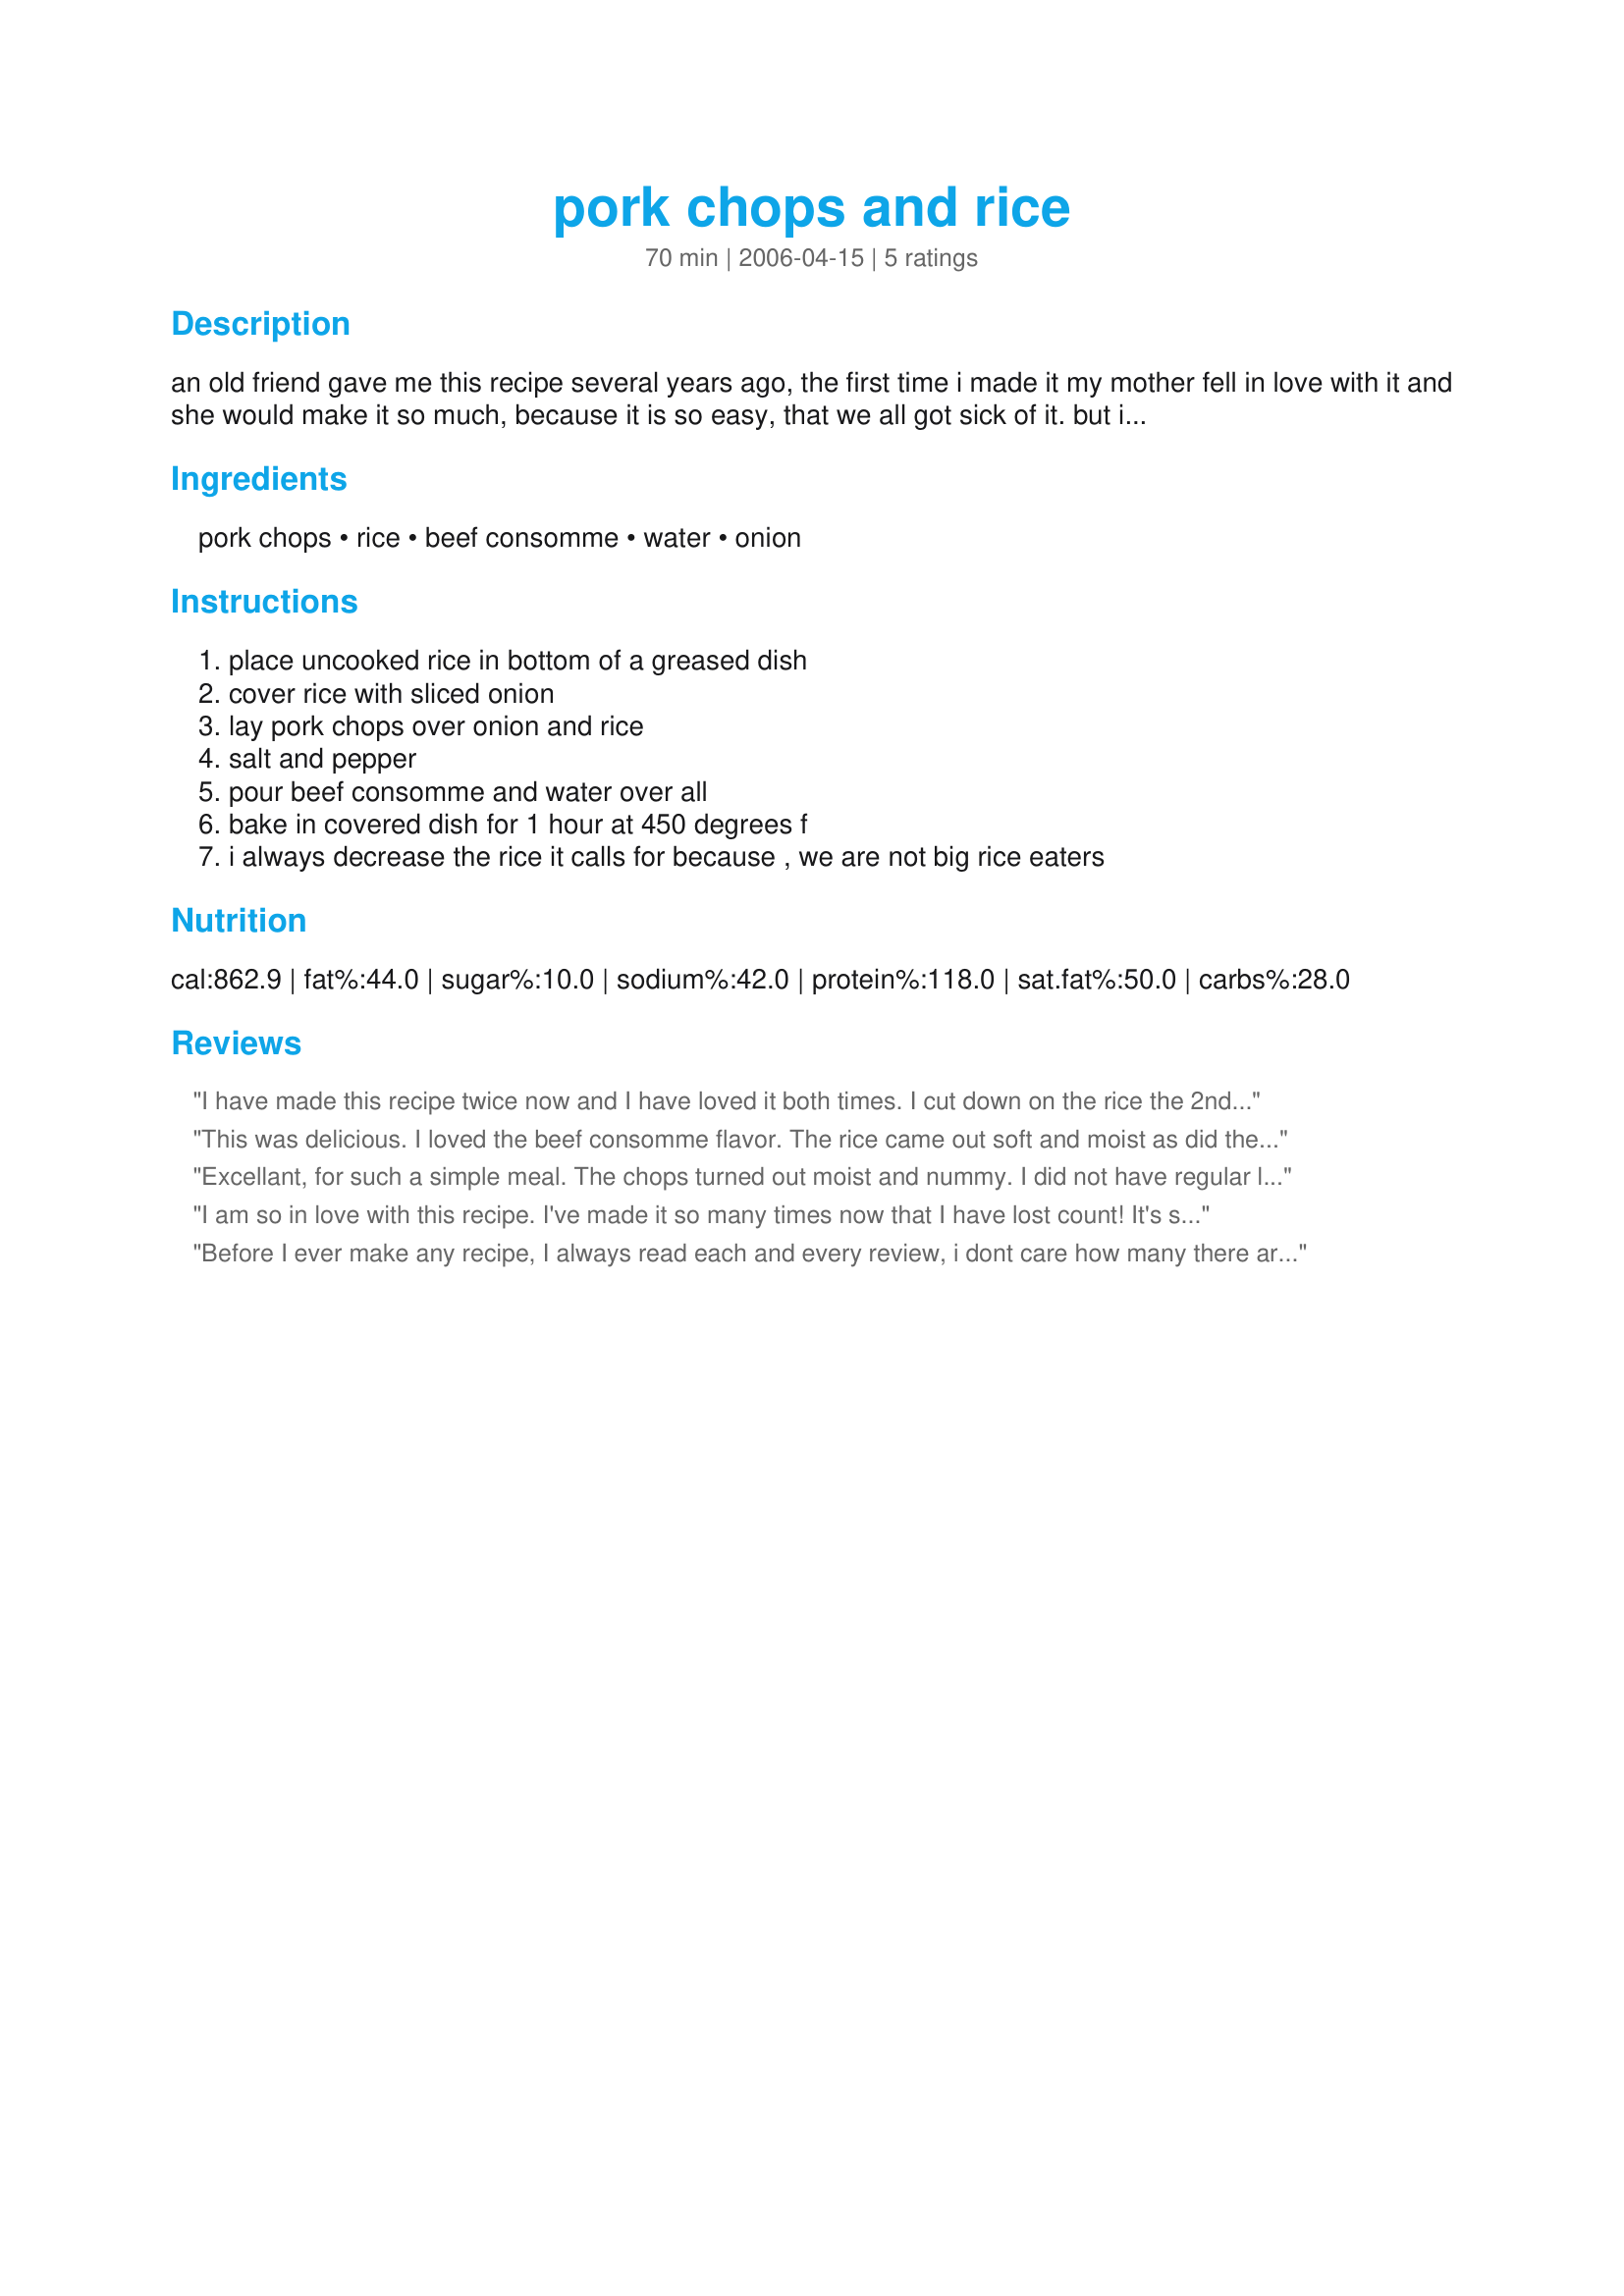
pork chops and rice
Preparation time: 70 minutes

an old friend gave me this recipe several years ago, the first time i made it my mother fell in love with it and she would make it so much, because it is so easy, that we all got sick of it. but it really is a good recipe if you don't over cook it.

Ingredients:
pork chops, rice, beef consomme, water, onion

Steps:
place uncooked rice in bottom of a greased dish, cover rice with sliced onion, lay pork chops over onion and rice, salt and pepper, pour beef consomme and water over all, bake in covered dish for 1 hour at 450 degrees f, i always decrease the rice it calls for because , we are not big rice eaters

Reviews:
I have made this recipe twice now and I have loved it both times. I cut down on the rice the 2nd time. 1/2 cup is plenty for 2 people. The chops were very moist. I loved the flavor of the beef consomme. It is so easy to make.....it would be nice to brown the pork chops, but that would defeat the "easy" part of this recipe.
This was delicious. I loved the beef consomme flavor. The rice came out soft and moist as did the pork chops. Thank you for a wonderful dinner.
Excellant, for such a simple meal. The chops turned out moist and nummy. I did not have regular long grain rice (I don't eat it) I live on Jasmine which is not a quick cooking rice so I used that. NUMMY!!
Thanks Jac
This was one more recipe I chose to make in pick a chef 06.
I am so in love with this recipe. I've made it so many times now that I have lost count! It's so easy to throw together and you can play around with the ingredients...maybe that's why I like it so much. I like to season the pork chops with salt/pepper/onion powder/garlic powder and then throw them in a buttered hot frying pan just to brown them to give the chops a nice color. I found that if you thinly slice a green bellpepper and put it with the onions you will have great results with the flavor. I stopped adding the water and just used 2 cans of the consomme instead. I just can't say it enough...I love this recipe. Thanks so much for sharing it with us.
Before I ever make any recipe, I always read each and every review, i dont care how many there are. Mainly because money is hard to come by and i dont want to take a chance on ruining any food.&lt;br/&gt;I made this recipe exactly the way it was written EXCEPT I added a little garlic powder in with the salt and pepper.&lt;br/&gt;That mess was the driest meat I have ever eaten. The rice was crusty it was so bad.&lt;br/&gt;I dont know how the folks that made this before gave it 5 stars...it was pitiful. Maybe the 450 for 1 hour is way too high heat....i doubt i ll even attempt it though. good luck to the next person that tries this.
